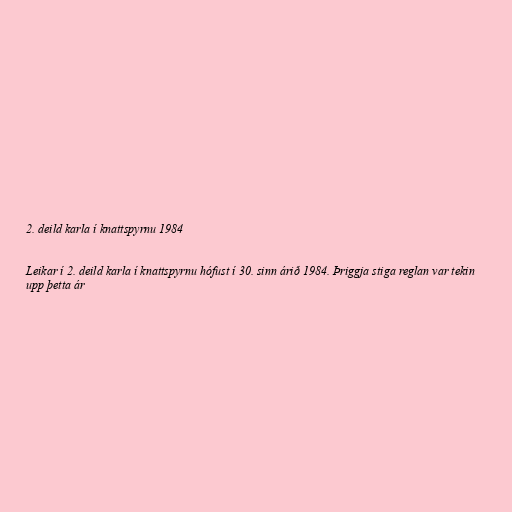
2. deild karla í knattspyrnu 1984

Leikar í 2. deild karla í knattspyrnu hófust í 30. sinn árið 1984. Þriggja stiga reglan var tekin
upp þetta ár